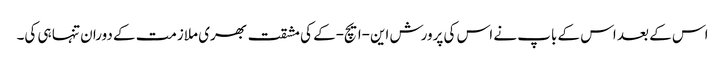
اس کے بعد اس کے باپ نے اس کی پرورش این-ایچ-کے کی مشقت بھری ملازمت کے دوران تنہا ہی کی۔